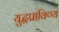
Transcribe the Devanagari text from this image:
युद्धप्राविण्य